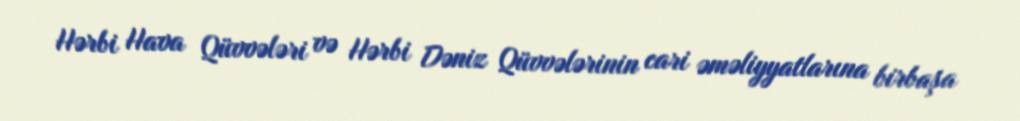
Hərbi Hava Qüvvələri və Hərbi Dəniz Qüvvələrinin cari əməliyyatlarına birbaşa